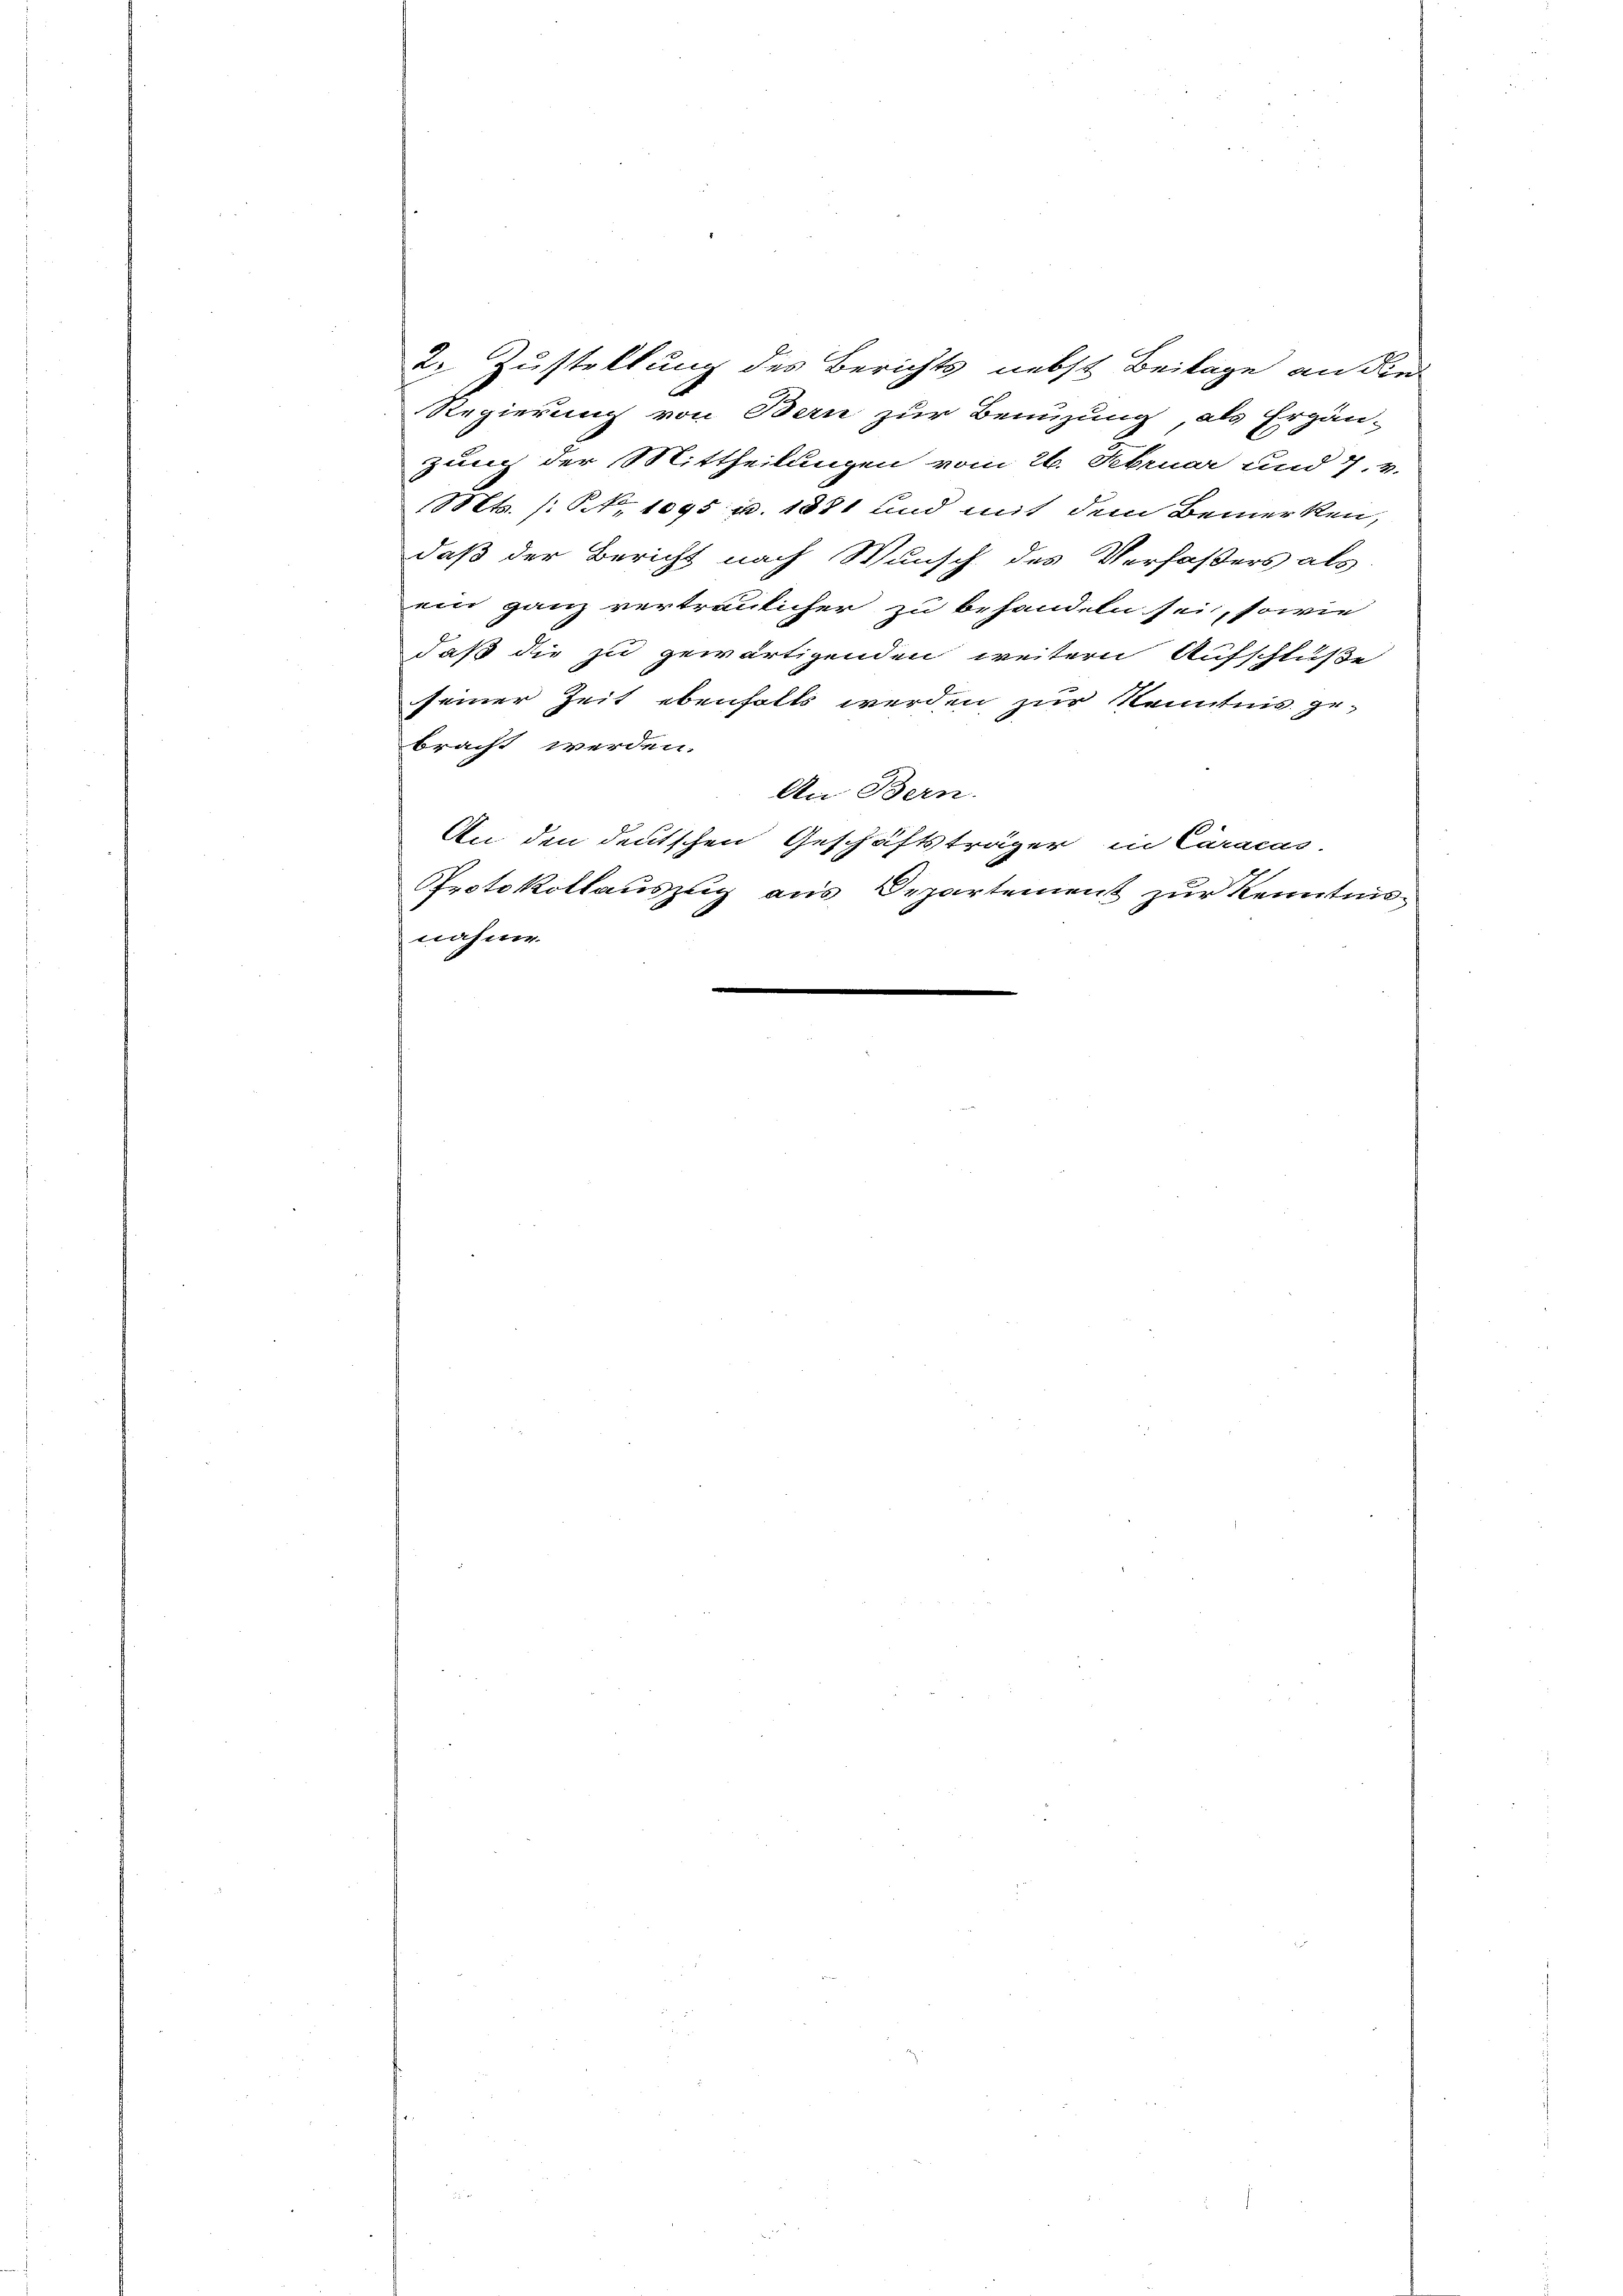
2. Zustellung des Berichts nebst Beilage an die
Regierung von Bern zur Benuzung, als Ergän-
zung der Mittheilungen vom 26. Februar und 7. v.
Mts. (N. 1095 u. 1881 und mit dem Bemerken,
daß der Bericht nach Wunsch des Verfaßers als
ein ganz vertraulicher zu behandeln sei, sowie
daß die zu gewärtigenden weitern Aufschluße
seiner Zeit ebenfalls werden zur Kenntnis ge-
bracht werden.
An Bern.
An den deutschen Geschäftsträger in Caracas.
Protokollauszug aus Departement zur Kenntnise
nahme.